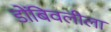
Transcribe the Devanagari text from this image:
डोंबिवलीला